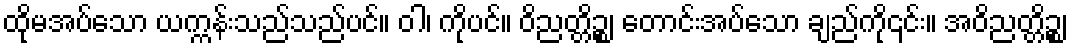
ထိုမအပ်သော ယက္ကန်းသည်သည်ပင်။ ဝါ၊ ကိုပင်။ ဝိညတ္တိဉ္စ၊ တောင်းအပ်သော ချည်ကို၎င်း။ အဝိညတ္တိဉ္စ၊